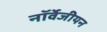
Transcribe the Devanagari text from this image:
नॉर्वेजीयन